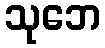
သုဘေ